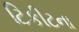
ટિકીટના